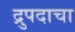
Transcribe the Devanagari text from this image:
द्रुपदाचा